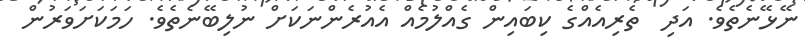
ނޭޅޭނެތެވެ. އަދި  ތެރިއެއްގެ ކިބައިން ގެއްލުމެއް އެއުރެންނަކަށް ނުލިބޭނެތެވެ. ހަމަކަށަވަރުން